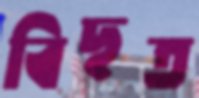
বিছত